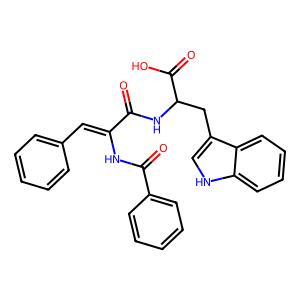
SMILES: O=C(NC(Cc1c[nH]c2ccccc12)C(=O)O)C(=Cc1ccccc1)NC(=O)c1ccccc1
Inhibits HIV replication: No